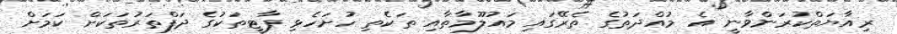
ރިއާޔަތްކުރަންވާނީ އެ މުއްދަތުގެ ތެރޭގައި މައުލޫމާތާއި ތަކެތި ހުށަހެޅި ޕާޓީތަކުގެ ދަފްތަރުތަކަށް ކަމަށް